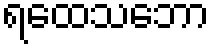
ရထေသဘော